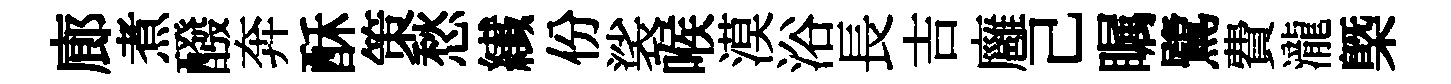
廊煮醱奔酥策愁纎份裟喉漠浴長吉廱己瞩鷺費瀧㮣